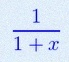
\frac{1}{1+x}